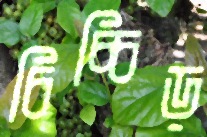
চিচ্চিড়